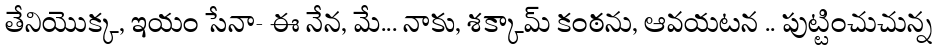
తేనియొక్క, ఇయం సేనా- ఈ నేన, మే... నాకు, శక్కామ్ కంఠను, ఆవయటన .. పుట్టించుచున్న